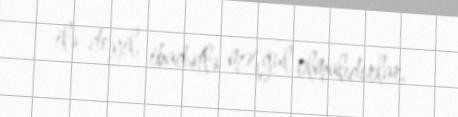
ilə deyil, ibadətlə məşğul olmalıdırlar.